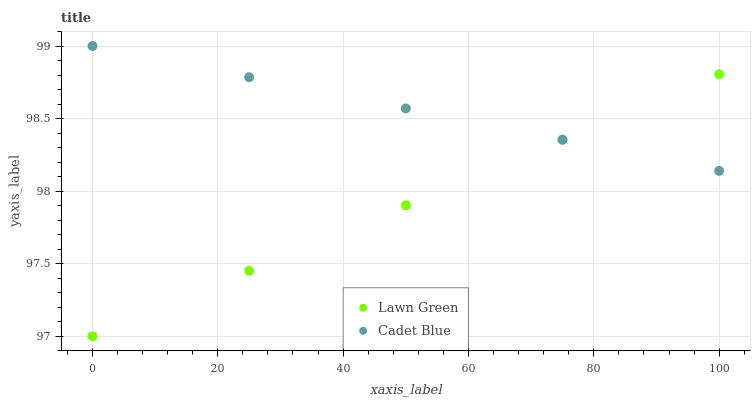
| xaxis_label | Lawn Green | Cadet Blue |
 | --- | --- | --- |
 | 0 | 97 | 99 |
 | 25 | 97.5 | 98.8 |
 | 50 | 97.9 | 98.6 |
 | 75 | 98.4 | 98.4 |
 | 100 | 98.8 | 98.1 |